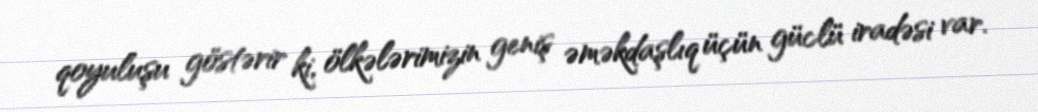
qoyuluşu göstərir ki, ölkələrimizin geniş əməkdaşlıq üçün güclü iradəsi var.